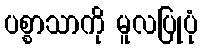
ပစ္စာသာကို မူလပြုပုံ